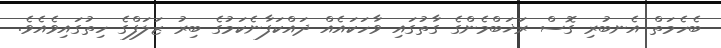
ބެހެމަތް އެނބުރި ގޮސް ރަޚަބްމެންގެ ގާތުގައި ވާހަކައެއް ދައްކަފާނެކަމުގެ ބިރު ޒަލަފްގެ ހިތުގައިވެއެވެ.